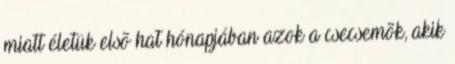
miatt életük elsõ hat hónapjában azok a csecsemõk, akik